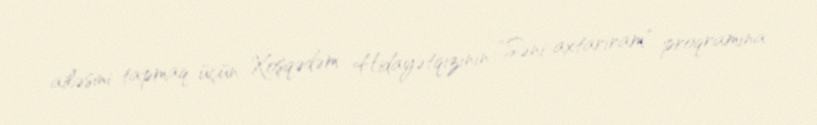
ailəsini tapmaq üçün Xoşqədəm Hidayətqızının "Səni axtarıram" proqramına